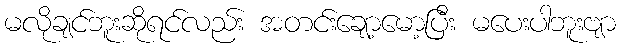
မလိုချင်ဘူးဆိုရင်လည်း အတင်းချော့မော့ပြီး မပေးပါဘူးဗျာ